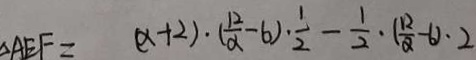
\Delta A E F = ( x + 2 ) \cdot ( \frac { 2 } { \alpha } - 6 ) \div \frac { 1 } { 2 } - \frac { 1 } { 2 } \cdot ( \frac { 1 2 } { \alpha } - 6 ) \cdot 2